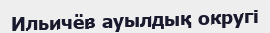
Ильичёв ауылдық округі